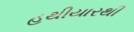
હથીયારથી